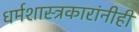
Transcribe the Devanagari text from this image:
धर्मशास्त्रकारांनीही